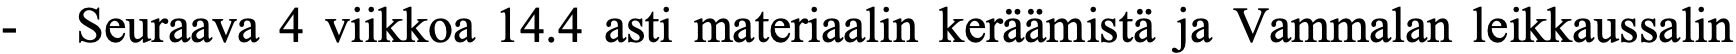
-  Seuraava 4 viikkoa 14.4 asti materiaalin keräämistä ja Vammalan leikkaussalin